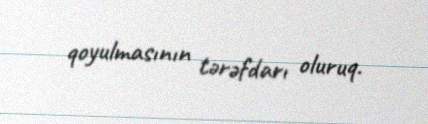
qoyulmasının tərəfdarı oluruq.